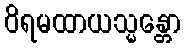
ဝိရမထာယသ္မန္တော